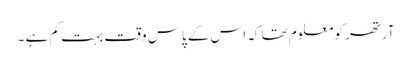
آرتھر کو معلوم تھا کہ اس کے پاس وقت بہت کم ہے ۔